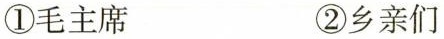
①毛主席 ②乡亲们